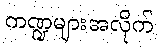
ကဏ္ဍများအလိုက်